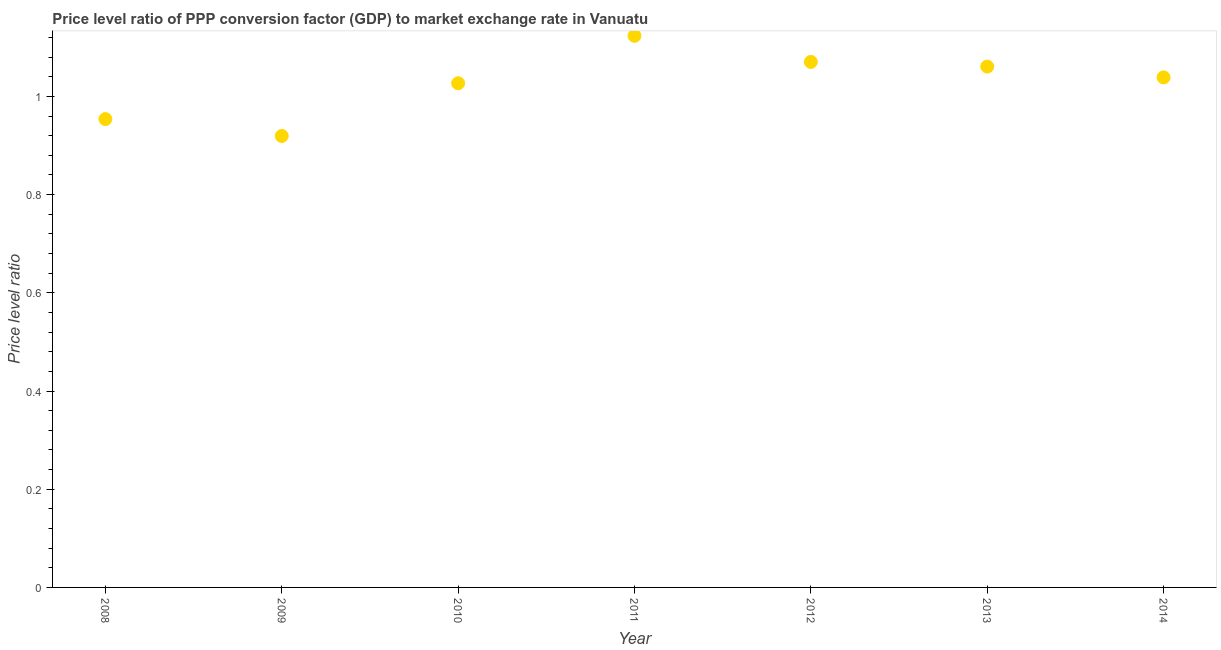
| Year | Price level ratio |
 | --- | --- |
 | 2008 | 0.954 |
 | 2009 | 0.92 |
 | 2010 | 1.03 |
 | 2011 | 1.12 |
 | 2012 | 1.07 |
 | 2013 | 1.06 |
 | 2014 | 1.04 |